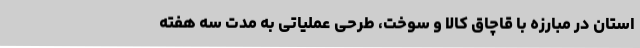
استان در مبارزه با قاچاق کالا و سوخت، طرحی عملیاتی به مدت سه هفته